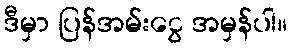
ဒီမှာ ပြန်အမ်းငွေ အမှန်ပါ။